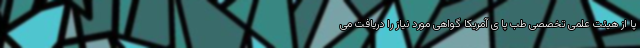
پا از هیئت علمی تخصصی طب پا ی آمریکا گواهی مورد نیاز را دریافت می